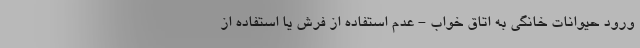
ورود حیوانات خانگی به اتاق خواب - عدم استفاده از فرش یا استفاده از